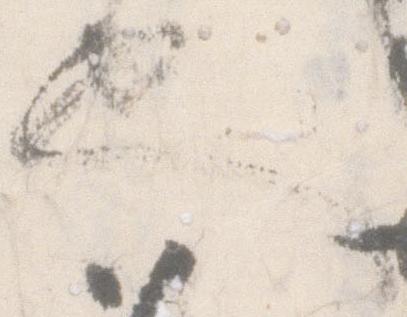
也